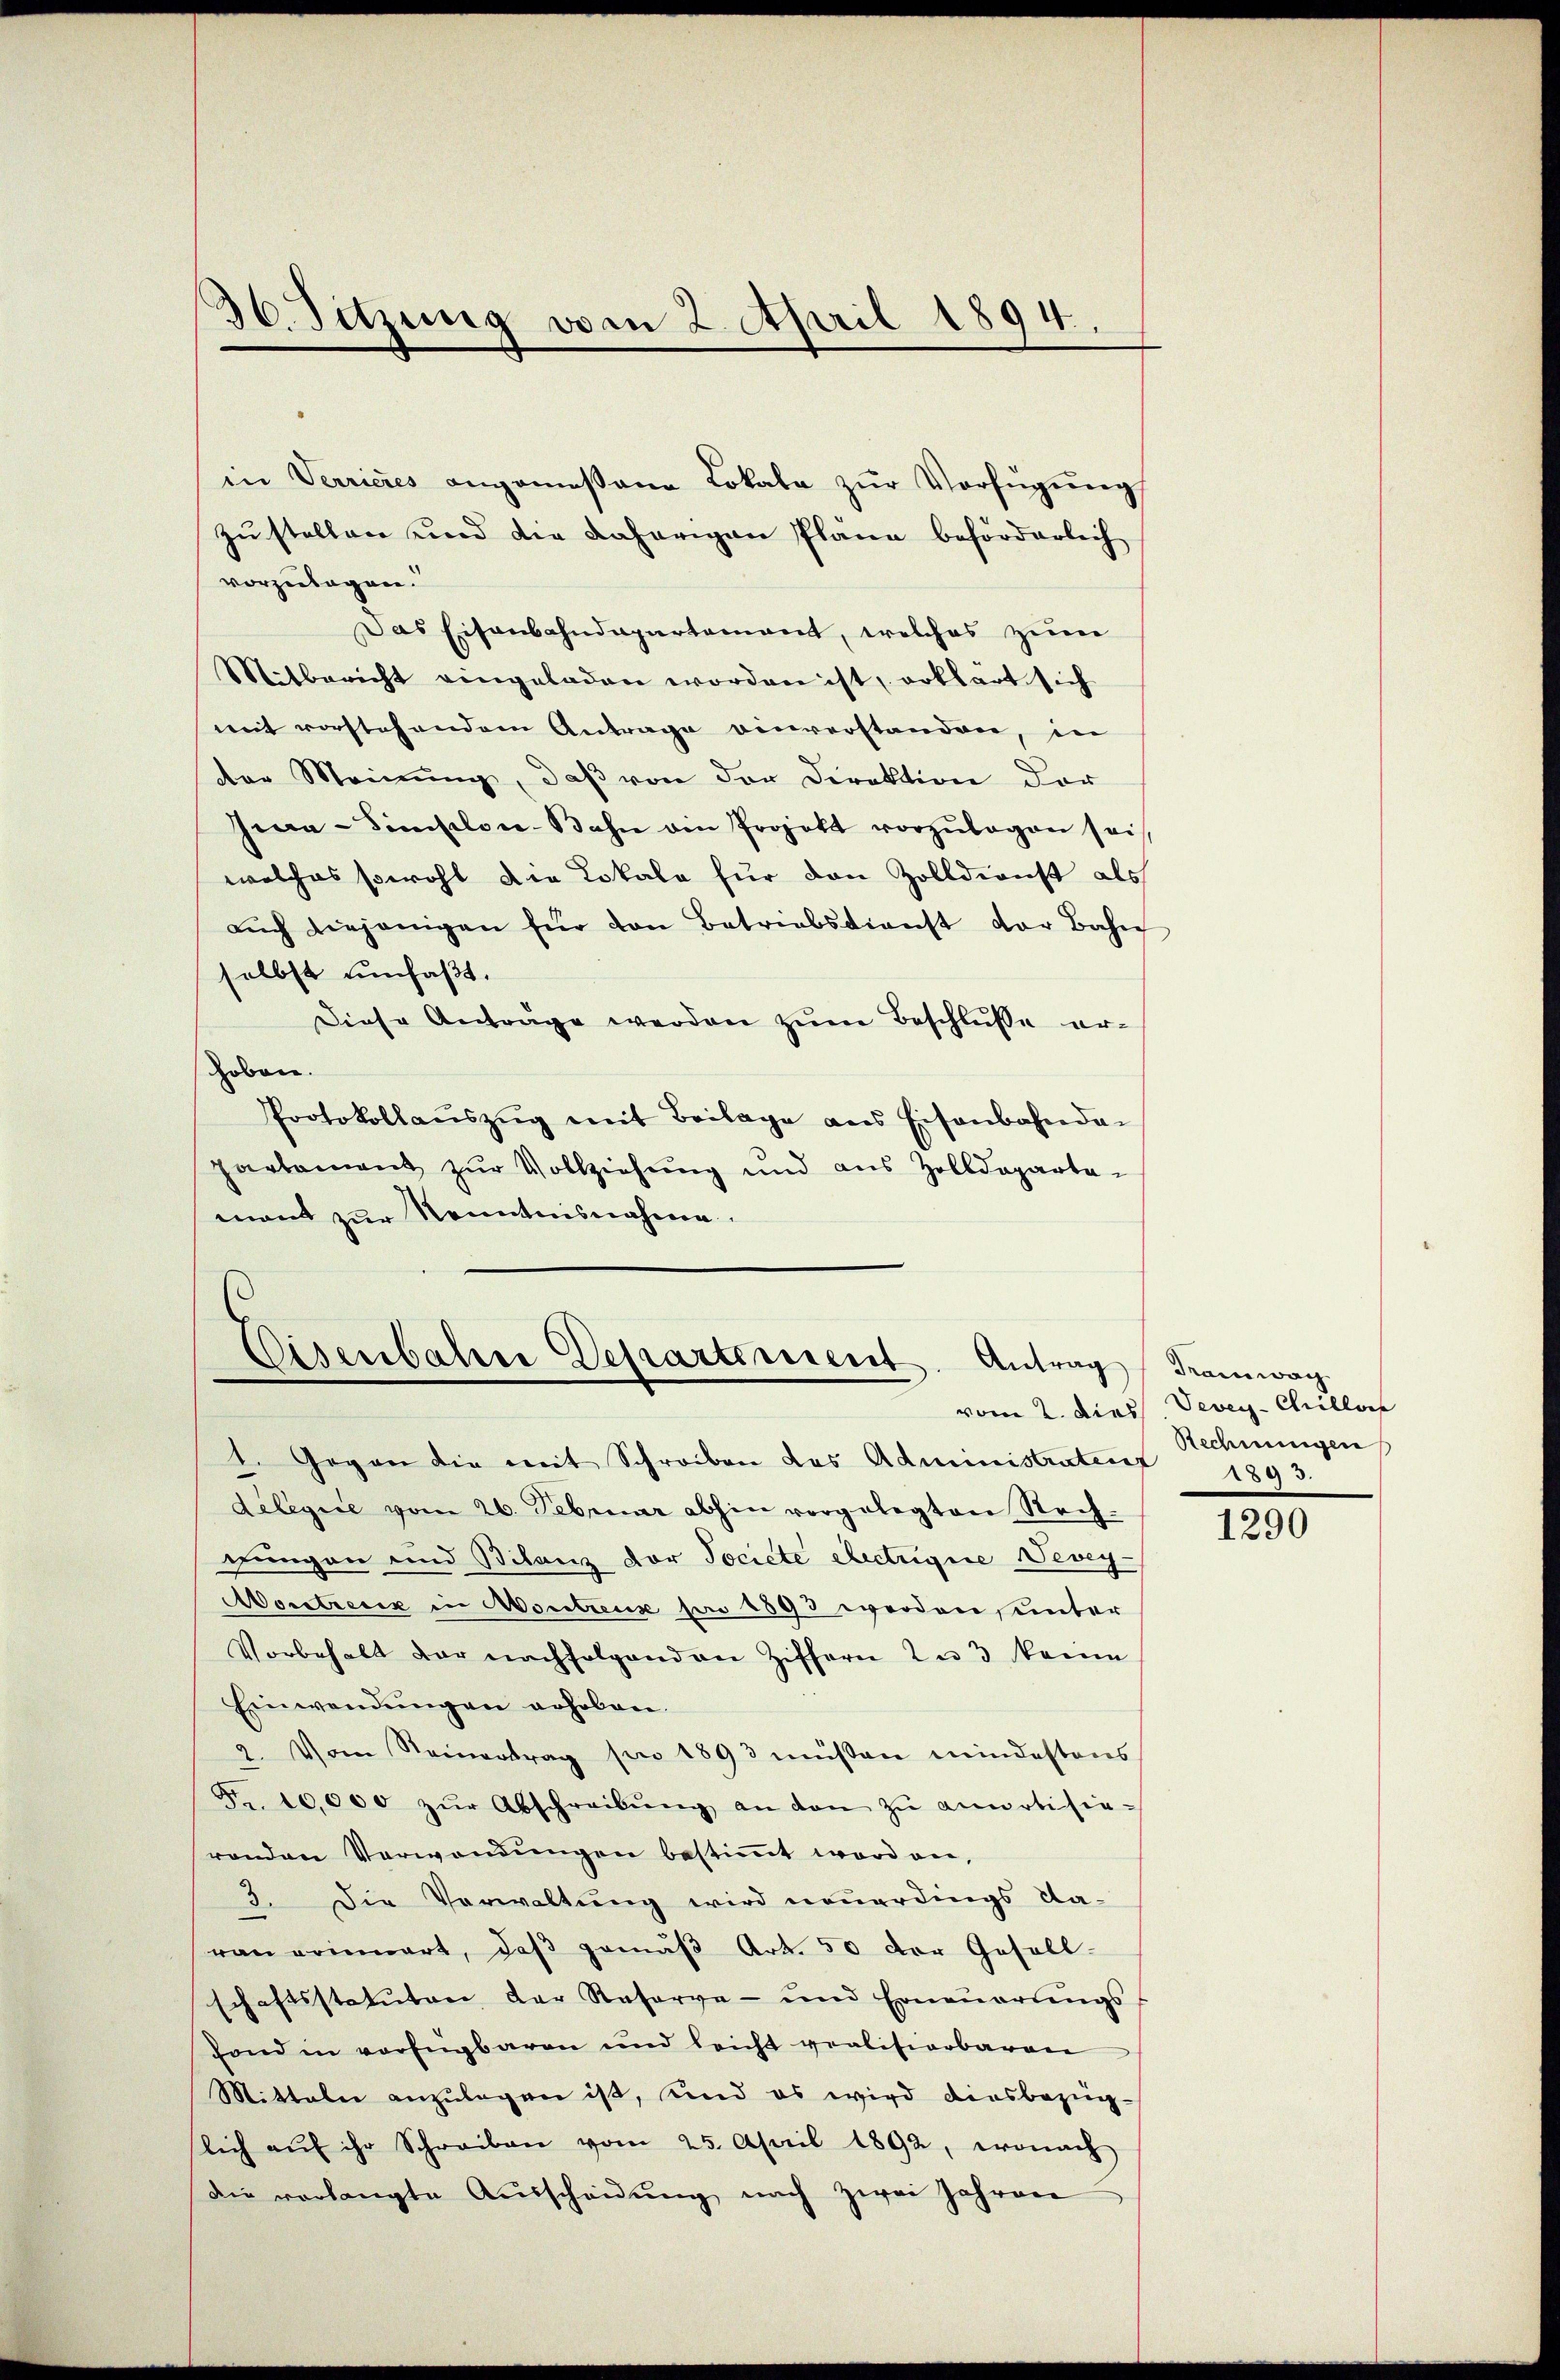
in Verrieres angemessene Lokale zur Verfügung
zustellen und die daherigen Plane beförderlich
vorzulegen.
Das Eisenbahndepartement, welches zum
Mitbericht eingeladen worden ist, erklärt sich
mit vorstehendem Antrage einverstanden, in
der Meinung, daß von der Direktion der
Gea-Simplon-Bahn ain Projekt vorzŭlegen sei,
welches sowohl die Lokale für den Zolldienst als
aŭch diejenigen für den Betriebsdienst der Bahn
selbst umfaßt.
Diese Antrage werden zŭm Beschluße er-
hoben.
Protokollaŭszŭg mit Beilage aus Eisenbahnda-
partement zur Vollziehung und aus Zolldeparta-
mant zur Kenntnisnahme

36. Sitzung vom 2. April 1894.

Eisenbahre Departement. Antrag (Tramwag

1. Gegen die mit Schreiben das Administratent
delegie vom 26. Februar abhin vorgelegten Rechdungen und Bilanz vor Societe Aectrgie Vevey-
Mortreter in Montreux son 1893 werden, unter
Vorbehalt der nachfolgenden Ziffern zu 3 keine
Einwendungen erhoben.
2. Vom Reinertrag pro 1893 müßen mindestens
Fr. 10,000 zŭr Abschreibŭng an den zŭ anurtisie-
renden Verwendŭngen bestiṁt worden,
3. Die Verwaltung wird neuerdings da-
ran erinwart, daβ gemäβ Art. 50 der Gesell-
schaftsstatuten der Reserve- und Erneŭerŭngs-
fond in verfügbaren und leicht realisierbaren
Mitteln anzŭlegen ist, und es wird diesbezüg-
slich aŭf ihr Schreiben vom 25. April 1892, wonach
die verlangte Aŭsscheidŭng nach zwei Jahren

vom 2. Diess. Vevey- Chrillor
Rechnungen
1893.

1290